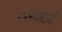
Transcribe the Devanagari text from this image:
रसांमध्ये